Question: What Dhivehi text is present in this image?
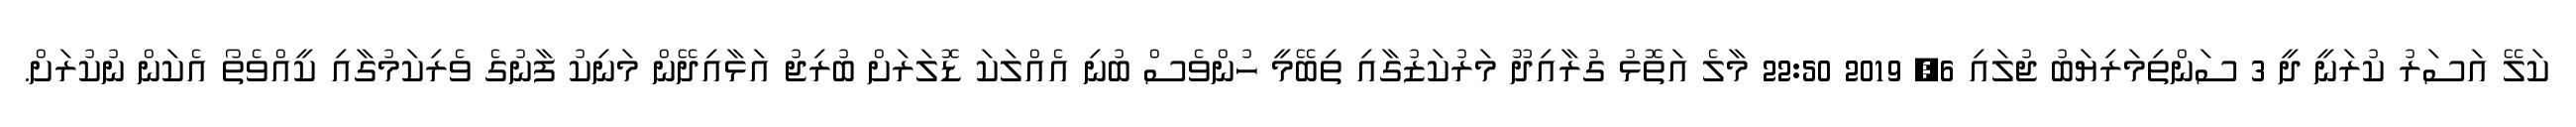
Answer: ކަލޭ އަސަރު ކުރަނީ ދީ 3 ސަންތިމަރިޔަބު ޖުލައި 6, 2019 22:50 މާލެ އަތޮޅު ގުރާއިދޫ މަރުކަޒުގާއި ތިބޭމީ ހުންވެސް ބުނި އެއްލަކަ ޑޮލަރަށް ބުރިޖު އަޅާއިދޭން މަނިކު ފާނުގެ ވެރިކަމުގާއި ކީއްވެތޯ އެކަން ނުކުރަށް.